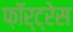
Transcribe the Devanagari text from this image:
फ़ॉर्ट्रेस